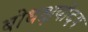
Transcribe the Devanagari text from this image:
बोधक्षयोदय